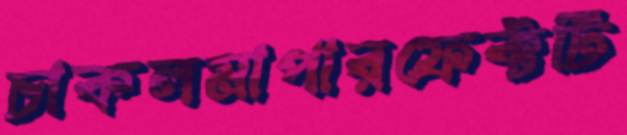
চাকলমাপারফেক্টটি